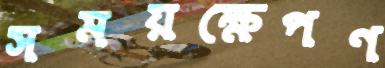
সময়ক্ষেপণ